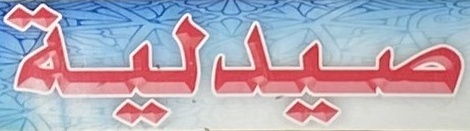
صیدلیة